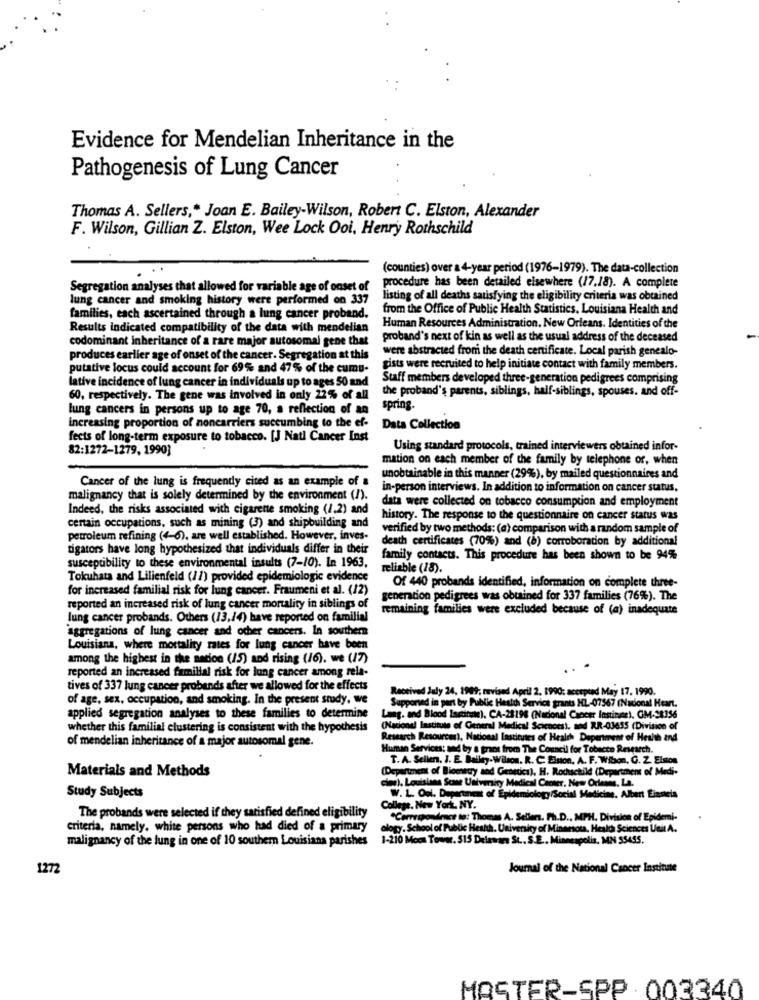
Evidence for Mendelian Inheritance in the
Pathogenesis of Lung Cancer
Thomas A. Sellers ,* Joan E. Bailey-Wilson, Robert C. Elston, Alexander
F. Wilson, Gillian Z. Elston, Wee Lock Ooi, Henry Rothschild
(counties) over a 4-year period (1976-1979). The data-collection
procedure has been detailed elsewhere (17.18). A complete
Segregation analyses that allowed for variable age of onset of
lung cancer and smoking history were performed on 337
listing of all deaths satisfying the eligibility criteria was obtained
from the Office of Public Health Statistics, Louisiana Health and
families, each ascertained through a lung cancer proband.
Results indicated compatibility of the data with mendelian
Human Resources Administration, New Orleans. Identities of the
codominant inheritance of a rare major autosomal gene that
proband's next of kin as well as the usual address of the deceased
were abstracted from the death certificate. Local parish genealo-
produces earlier age of onset of the cancer. Segregation at this
putative locus could account for 69% and 47% of the cumu-
gists were recruited to help initiate contact with family members.
lative incidence of lung cancer in individuals up to ages 50 and
Staff members developed three-generation pedigrees comprising
the proband's parents, siblings, half-siblings, spouses. and off-
60, respectively. The gene was involved in only 22% of all
lung cancers in persons up to age 70, a reflection of an
spring.
increasing proportion of noncarriers succumbing to the ef-
Data Collection
fects of long-term exposure to tobacco. [J Natl Cancer Inst
82:1272-1279, 1990}
Using standard protocols, trained interviewers obtained infor-
mation on each member of the family by telephone or, when
Cancer of the lung is frequently cited as an example of a
unobtainable in this manner (29%), by mailed questionnaires and
in-person interviews. In addition to information on cancer status,
malignancy that is solely determined by the environment (!).
data were collected on tobacco consumption and employment
Indeed, the risks associated with cigarette smoking (1.2) and
history. The response to the questionnaire on cancer status was
certain occupations, such as mining (3) and shipbuilding and
verified by two methods: (a) comparison with a random sample of
petroleum refining (4-6), are well established. However, inves-
death certificates (70%) and (b) corroboration by additional
tigators have long hypothesized that individuals differ in their
family contacts. This procedure has been shown to be 94%
susceptibility to these environmental insults (7-10). In 1963.
reliable (18).
Tokuhata and Lilienfeld (11) provided epidemiologic evidence
for increased familial risk for lung cancer. Fraumeni et al. (12)
Of 440 probands identified, information on complete three-
generation pedigrees was obtained for 337 families (76%). The
reported an increased risk of lung cancer mortality in siblings of
remaining families were excluded because of (a) inadequate
lung cancer probands. Others (13,14) have reported on familial
"aggregations of lung cancer and other cancers. In southern
Louisiana, where mortality rates for lung cancer have been
among the highest in the nation (15) and rising (16). we (17)
reported an increased familial risk for lung cancer among rela-
tives of 337 lung cancer probends after we allowed for the effects
Received July 24, 1909; nurvised April 2. 1990: accepted May 17. 1990.
of age, sex, occupation, and smoking. In the present study, we
Supported in pert by Public Health Service grants HL-07567 (Nacional Heart.
applied segregation analyses to these families to determine
d Blood Isinin), CA-28198 (Nacional Cancer Instinne). GM-28356
whether this familial clustering is consistent with the hypothesis
(National Institute of General Medical Sciences), and RR-03435 (Division of
of mendelian inheritance of a major autosomal gene.
Research Resources), National Institutes of Health Department of Health and
Human Services; and by & groot from The Council for Tobacco Research.
T. A. Sellen, I. E. Bailey-Wilson. R. C. Elson, A. F. Wibon, G. Z. Elmos
Materials and Methods
(Department of Biometry and Genetics), H. Rothschild (Department of Medi-
cia), Louisiana Scase University Medical Center, New Orleans, La.
Study Subjects
W. L. Ool. Department of Epidemiology/Social Medicine. Albert Eianeta
College. New York, NY.
The probands were selected if they satisfied defined eligibility
"Correspondence to: Thomas A. Seller. Ph.D ., MPH. Division of Epidemi-
criteria, namely. white persons who had died of a primary
ology. School of Public Health. University of Minanota, Health Sciences Util A.
malignancy of the lung in one of 10 southern Louisiana parishes 1-210 Moos Toww. $15 Delamar St .. S.E ., Minneapolis, MN SS455.
1272
Journal of the National Cancer Institute
MASTER-SPP 003340